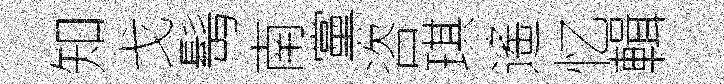
知戈髩南黨咨琪遙忆輯